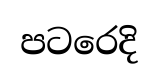
පටරෙදි